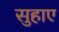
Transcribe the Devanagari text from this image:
सुहाए